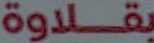
بقلاوة